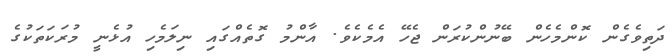
ދަތިވެގެން ކޮންމެހެން ބޭނުންކުރަން ޖެހޭ އެމެކެވެ. އާންމު ގޮތެއްގައި ނިލަމެހި އުޅެނީ މުރަކަތަކުގެ